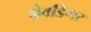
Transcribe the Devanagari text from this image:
ग्रेवडिगर